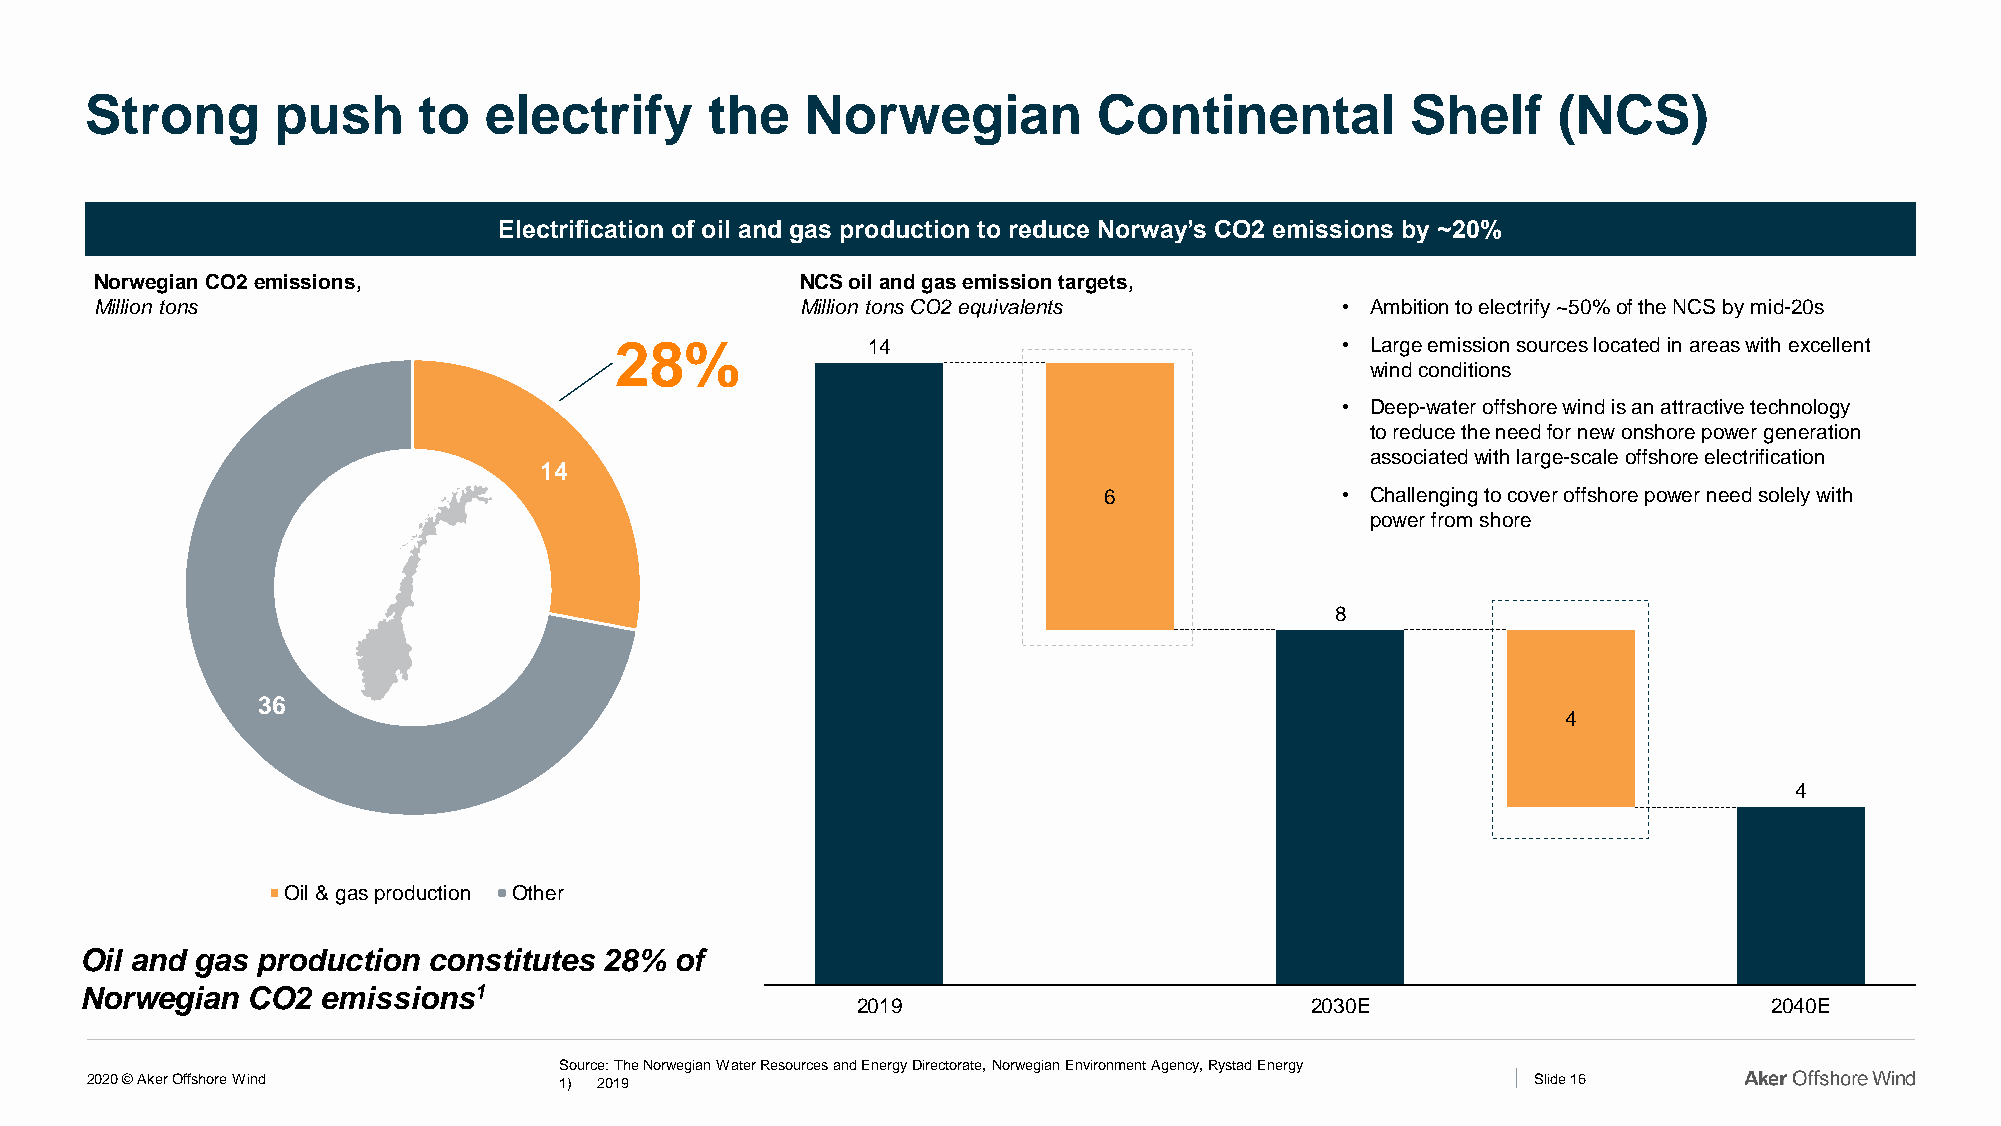
Strong      push      to  electrify      the   Norwegian           Continental         Shelf     (NCS)
 Electrification of oil and gas production to reduce Norway’s CO2 emissions by ~20%
 Norwegian CO2 emissions,                       NCS oil and gas emission targets,
 Million tons                                   Million tons CO2 equivalents        • Ambition to electrify ~50% of the NCS by mid-20s
 28%             14                              • Large emission sources located in areas with excellent
 wind conditions
 • Deep-water offshore wind is an attractive technology
 to reduce the need for new onshore power generation
 associated with large-scale offshore electrification
 14
 6               • Challenging to cover offshore power need solely with
 power from shore
 8
 36
 4
 4
 Oil & gas production Other
 Oil and gas production constitutes 28%  of
 Norwegian  CO2  emissions1
 2019                          2030E                         2040E
 Source: The Norwegian Water Resources and Energy Directorate, Norwegian Environment Agency, Rystad Energy
 2020 © Aker Offshore Wind      1) 2019                                                          Slide 16